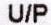
U/P